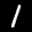
Label: 1